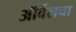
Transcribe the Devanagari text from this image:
ऑर्वेलचा